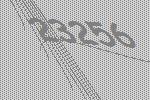
23256